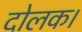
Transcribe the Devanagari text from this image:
दोलक।